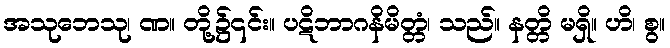
အသုဘေသု၊ ဏ။ တို့၌၎င်း။ ပဋိဘာဂနိမိတ္တံ၊ သည်။ နတ္တိ မရှိ။ ဟိ၊ စွ။